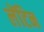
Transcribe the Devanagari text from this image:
लेंटिन